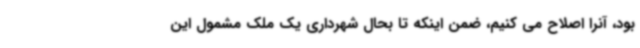
بود، آنرا اصلاح می کنیم، ضمن اینکه تا بحال شهرداری یک ملک مشمول این